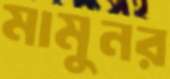
মামুনর